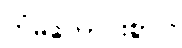
ကံမကောင်းစွာပဲ၊